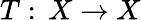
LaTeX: T:\, X\to X